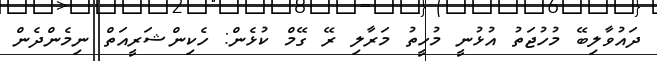
ދައުވާލިބޭ މުހުޖަތު އުޅުނީ މުހީތު މަރާލި ރޭ ގޭމް ކުޅެން: ހެކިންޝަރީއަތް ނިމެންދެން